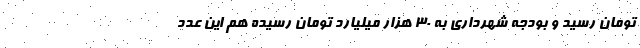
تومان رسید و بودجه شهرداری به ۳۰ هزار میلیارد تومان رسیده هم این عدد